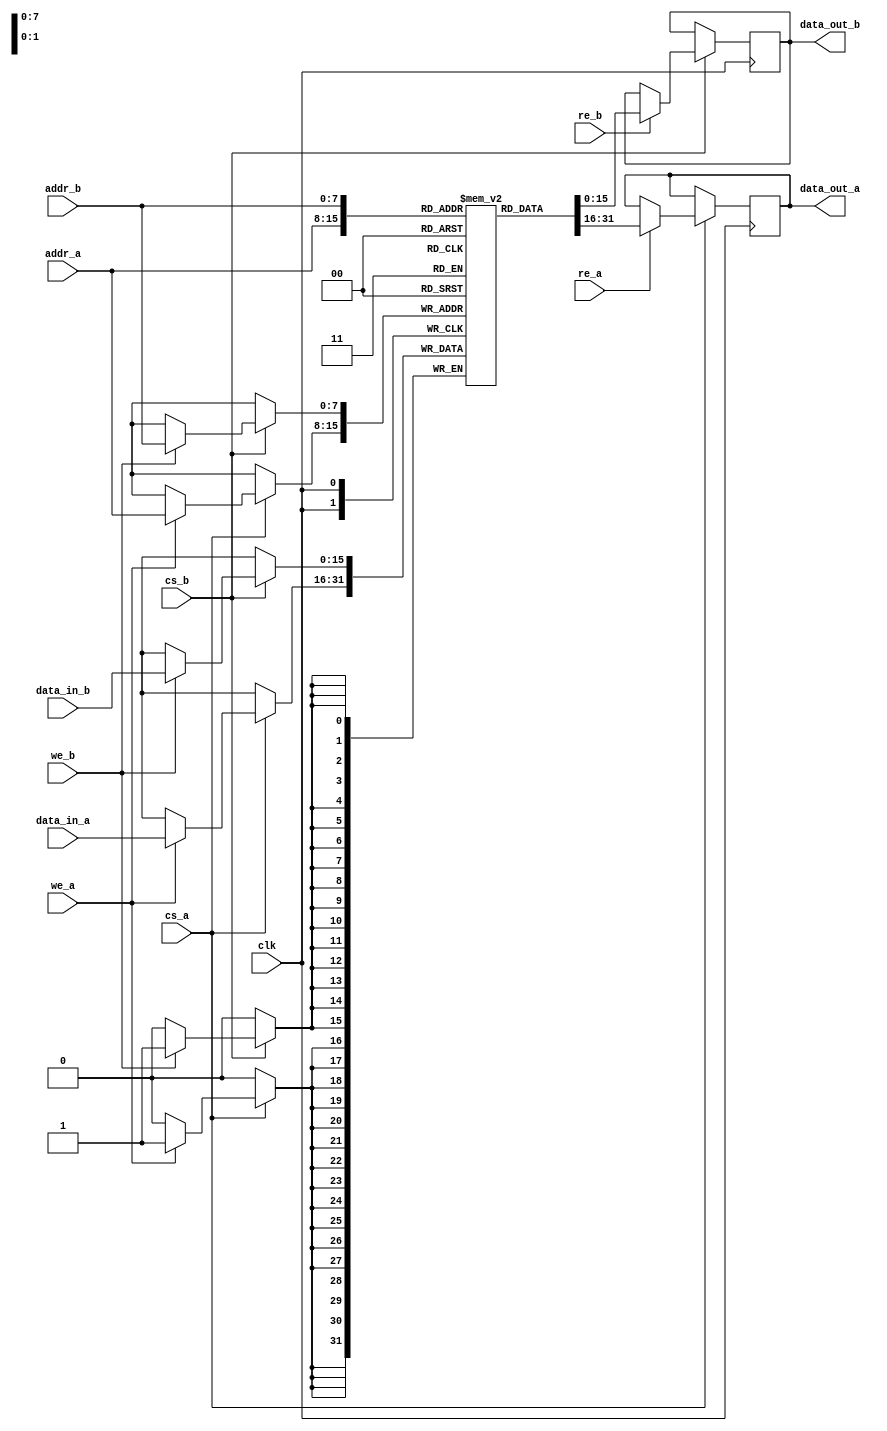
module dual_port_ram #
(
    parameter ADDR_WIDTH = 8,  // Number of address bits (depth = 2^ADDR_WIDTH)
    parameter DATA_WIDTH = 16   // Data bus width
)
(
    input wire clk,             // Clock signal
    input wire cs_a,            // Chip select for Port A
    input wire we_a,            // Write enable for Port A
    input wire re_a,            // Read enable for Port A
    input wire [ADDR_WIDTH-1:0] addr_a, // Address for Port A
    input wire [DATA_WIDTH-1:0] data_in_a, // Data input for Port A
    output reg [DATA_WIDTH-1:0] data_out_a, // Data output for Port A

    input wire cs_b,            // Chip select for Port B
    input wire we_b,            // Write enable for Port B
    input wire re_b,            // Read enable for Port B
    input wire [ADDR_WIDTH-1:0] addr_b, // Address for Port B
    input wire [DATA_WIDTH-1:0] data_in_b, // Data input for Port B
    output reg [DATA_WIDTH-1:0] data_out_b  // Data output for Port B
);

    // Memory array declaration
    reg [DATA_WIDTH-1:0] ram [0:(1 << ADDR_WIDTH)-1];

    // Port A operations
    always @(posedge clk) begin
        if (cs_a) begin
            if (we_a) begin
                // Write data to Port A
                ram[addr_a] <= data_in_a;
            end
            if (re_a) begin
                // Read data from Port A
                data_out_a <= ram[addr_a];
            end
        end
    end

    // Port B operations
    always @(posedge clk) begin
        if (cs_b) begin
            if (we_b) begin
                // Write data to Port B
                ram[addr_b] <= data_in_b;
            end
            if (re_b) begin
                // Read data from Port B
                data_out_b <= ram[addr_b];
            end
        end
    end

endmodule